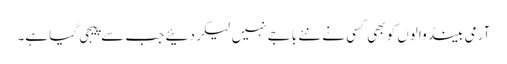
آرمی بینڈ والوں کو بھی کسی نے نئے باجے نہیں لیکر دئیے جب سے پیجی گیا ہے۔